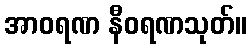
အာဝရဏ နီဝရဏသုတ်။